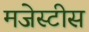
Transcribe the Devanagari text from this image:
मजेस्टीस